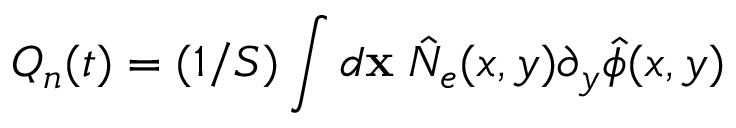
Q _ { n } ( t ) = ( 1 / S ) \int d { \bf x } \; \hat { N } _ { e } ( x , y ) \partial _ { y } \hat { \phi } ( x , y )